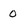
Character: 0